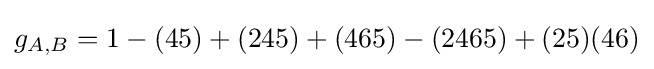
g_{A,B}=1-(45)+(245)+(465)-(2465)+(25)(46)